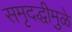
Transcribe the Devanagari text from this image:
समृदद्धीमुळे